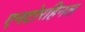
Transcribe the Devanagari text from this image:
एनटोरहिनल